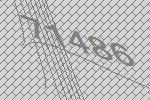
71486